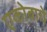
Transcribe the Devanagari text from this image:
एकोबाचे